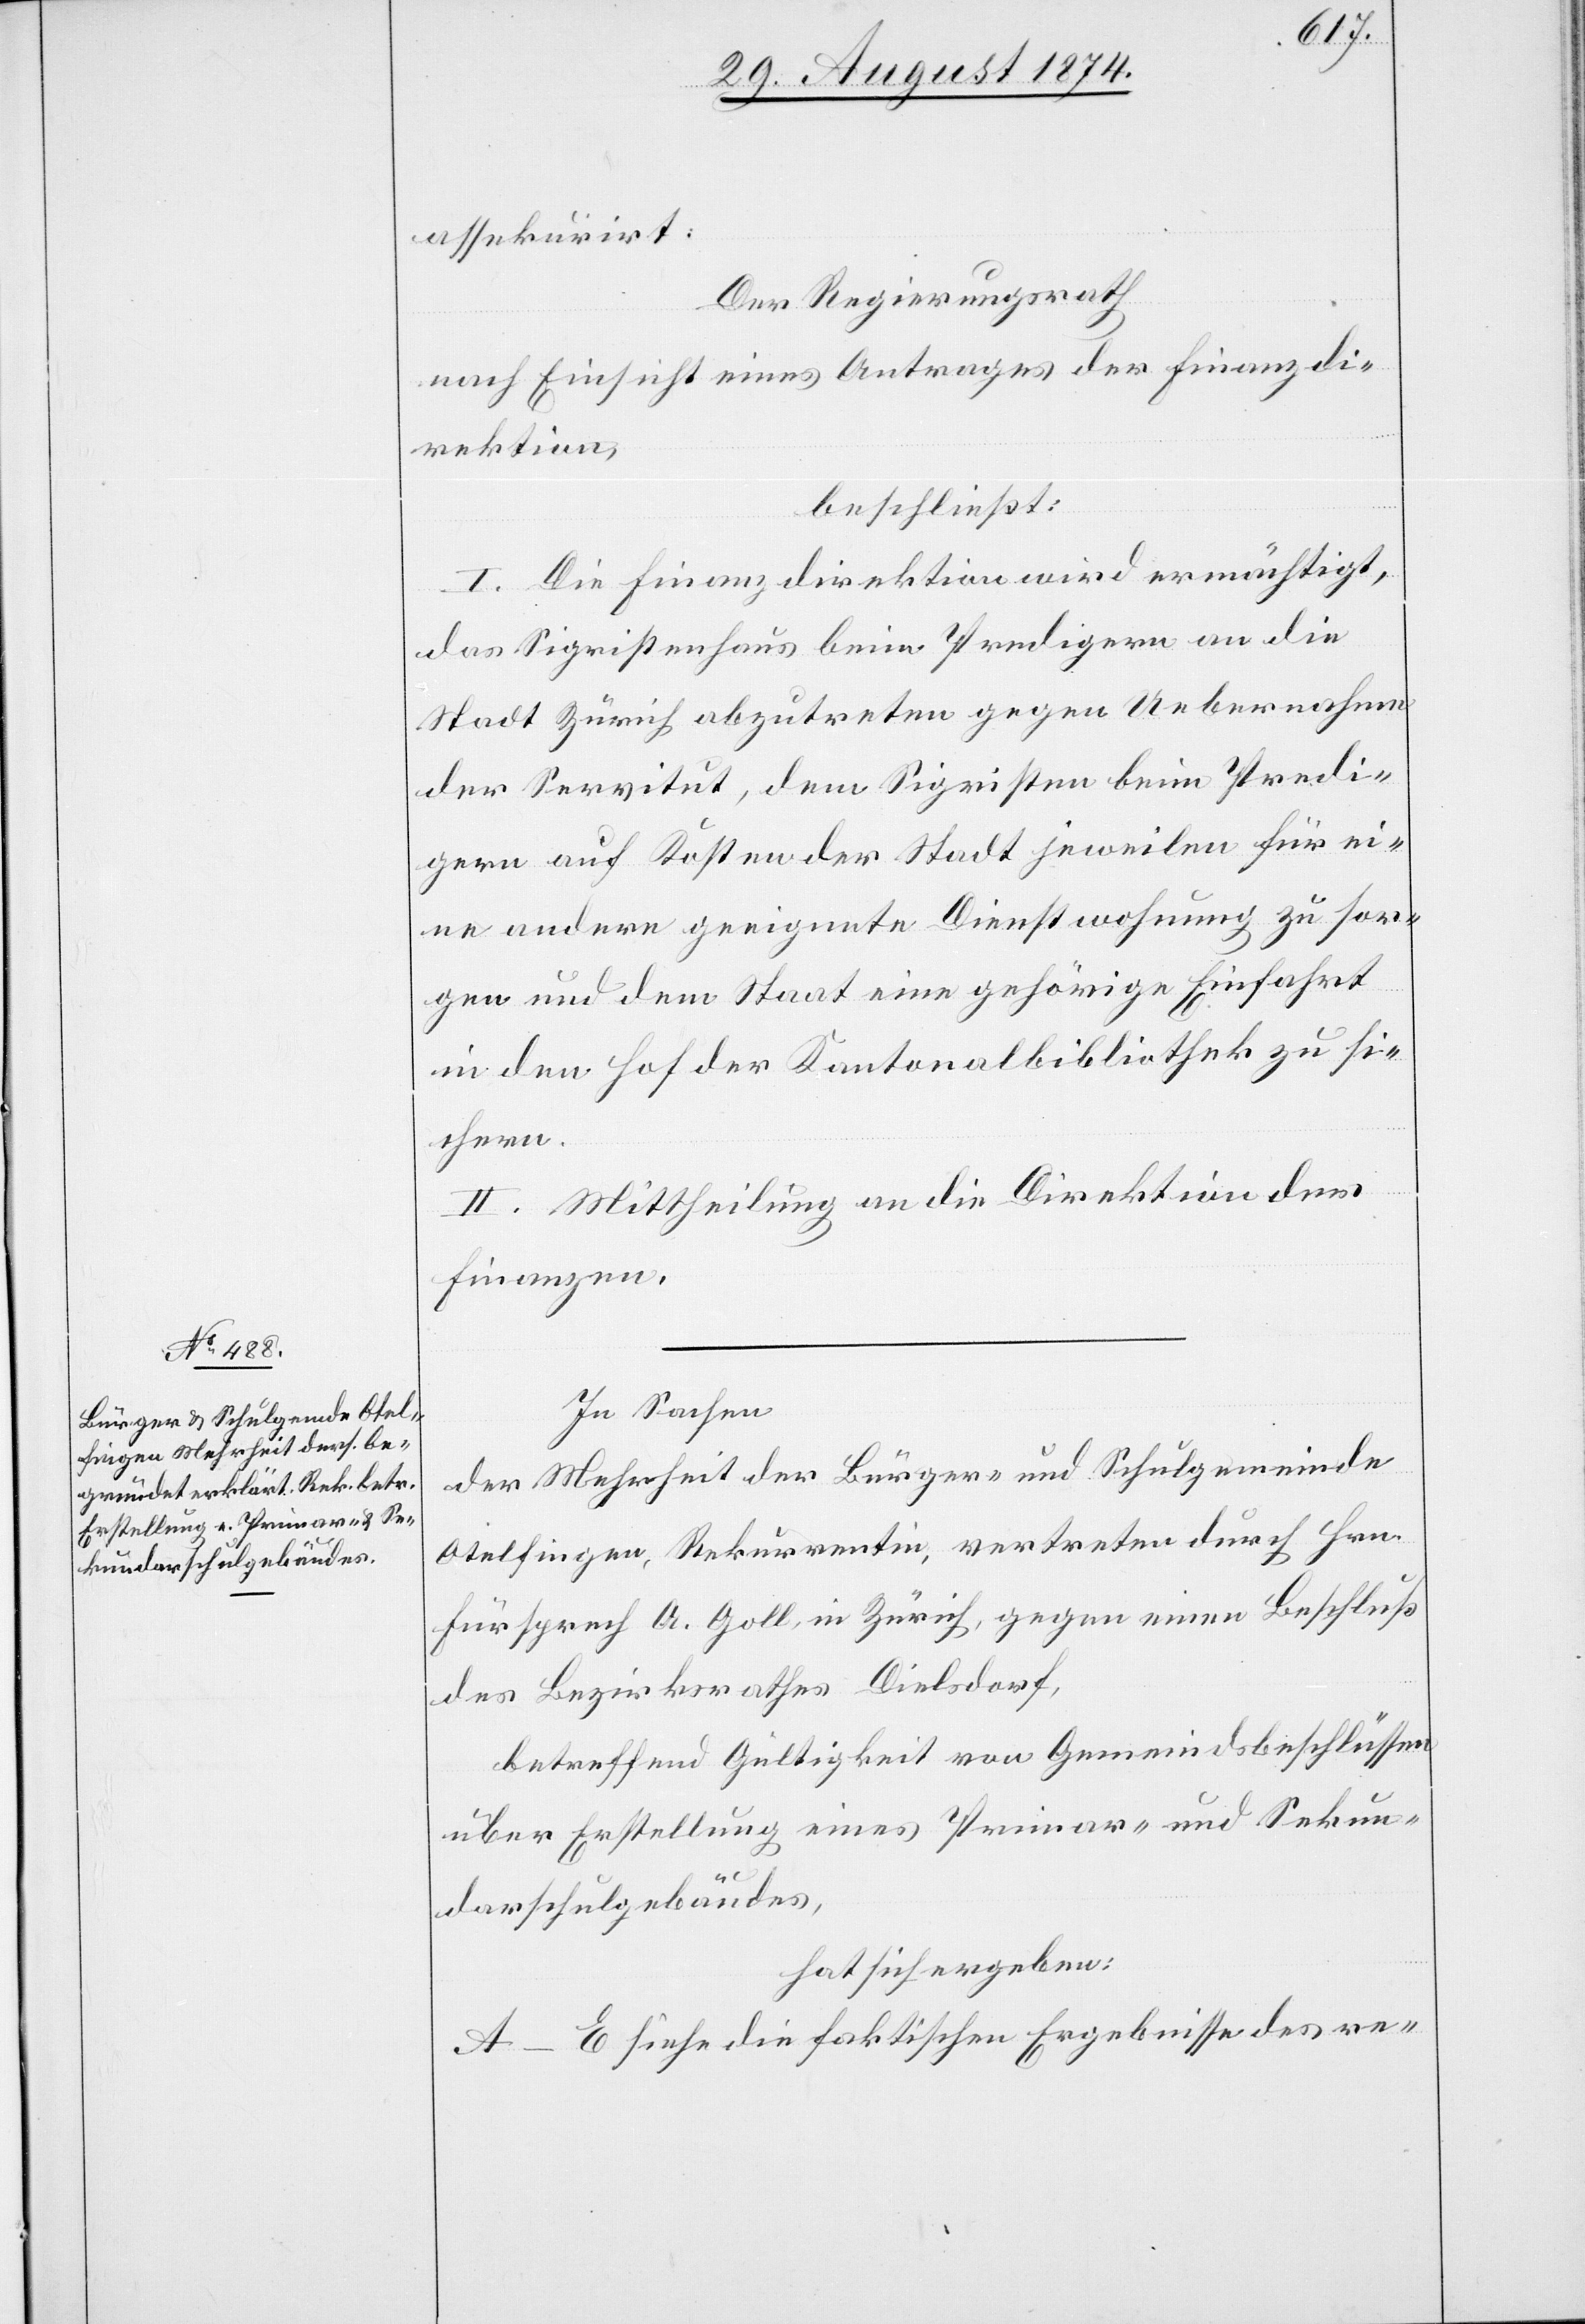
assekurirt.
Der Regierungsrath
nach Einsicht eines Antrages der Finanzdi¬
rektion,
beschließt:
I. Die Finanzdirektion wird ermächtigt,
das Sigristenhaus beim Predigern an die
Stadt Zürich abzutreten gegen Uebernahme
der Servitut, dem Sigristen beim Predi¬
gern auf Kosten der Stadt jeweilen für ei¬
ne andere geeignete Dienstwohnung zu sor¬
gen und dem Staat eine gehörige Einfahrt
in den Hof der Kantonalbibliothek zu si¬
chern.
II. Mittheilung an die Direktion der
Finanzen.
In Sachen
der Mehrheit der Bürger- und Schulgemeinde
Otelfingen, Rekurrentin, vertreten durch Hrn.
Fürsprech A. Goll, in Zürich, gegen einen Beschluß
des Bezirksrathes Dielsdorf,
betreffend Gültigkeit von Gemeindsbeschlüssen
über Erstellung eines Primar- und Sekun¬
darschulgebäudes,
hat sich ergeben:
A.–E. siehe die faktischen Ergebnisse des re-